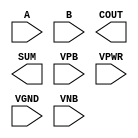
module sky130_fd_sc_ls__ha (
    //# {{data|Data Signals}}
    input  A   ,
    input  B   ,
    output COUT,
    output SUM ,

    //# {{power|Power}}
    input  VPB ,
    input  VPWR,
    input  VGND,
    input  VNB
);
endmodule